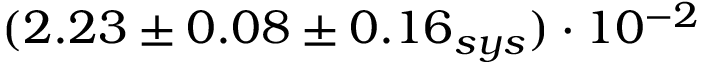
( 2 . 2 3 \pm 0 . 0 8 \pm 0 . 1 6 _ { s y s } ) \cdot 1 0 ^ { - 2 }